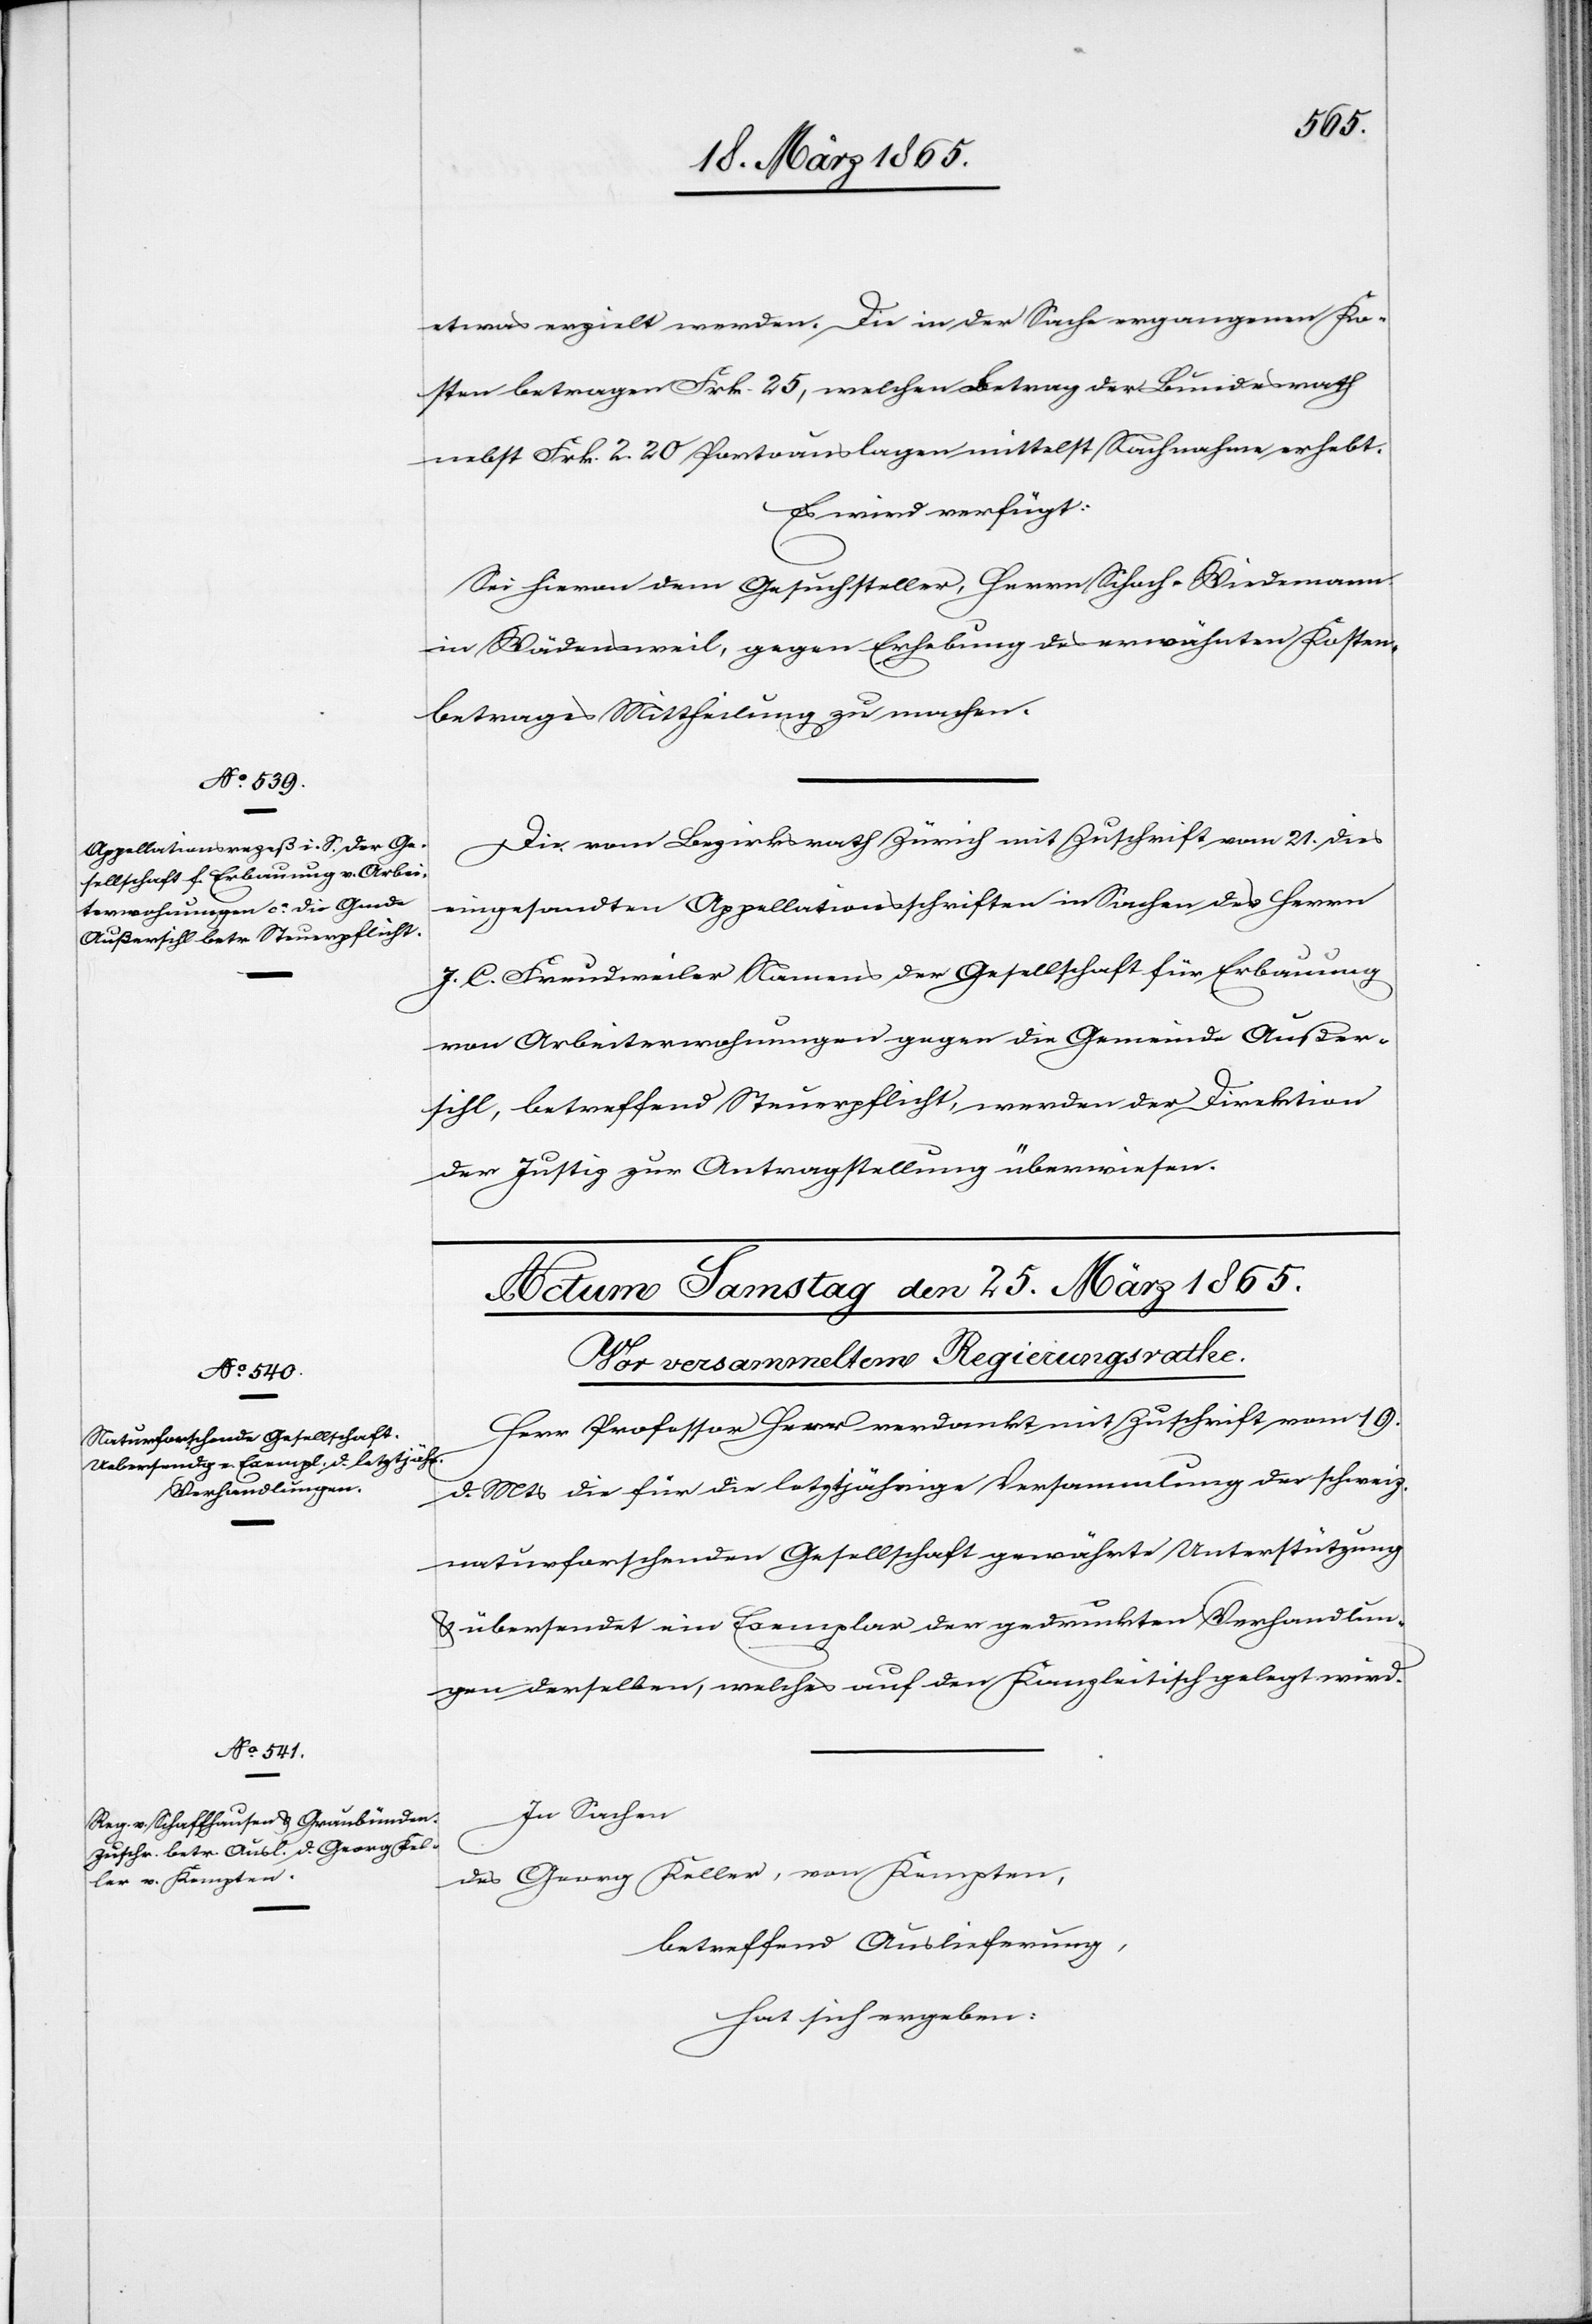
23. März 1865.]
etwas erzielt werden [recte: worden]. Die in der Sache ergangenen Ko¬
sten betragen Frk. 25, welchen Betrag der Bundesrath
nebst Frk. 2. 20 Portoauslagen mittelst Nachnahme erhebt.
Es wird verfügt:
Sei hievon dem Gesuchsteller, Herrn Schoch-Wiedemann
in Wädensweil, gegen Erhebung des erwähnten Kosten¬
betrages Mittheilung zu machen.
Die vom Bezirksrath Zürich mit Zuschrift vom 21. dies
eingesandten Appellationsschriften in Sachen des Herrn
J. C. Freudweiler Namens der Gesellschaft für Erbauung
von Arbeiterwohnungen gegen die Gemeinde Außer¬
sihl, betreffend Steuerpflicht, werden der Direktion
der Justiz zur Antragstellung überwiesen.
Herr Professor [?Herr] verdankt mit Zuschrift vom 19.
d. Mts die für die letztjährige Versammlung der schweiz.
naturforschende Gesellschaft gewährte Unterstützung
& übersendet ein Exemplar der gedruckten Verhandlun¬
gen derselben, welches auf den Kanzleitisch gelegt wird.
In Sachen
des Georg Keller, von Kempten,
betreffend Auslieferung,
hat sich ergeben: